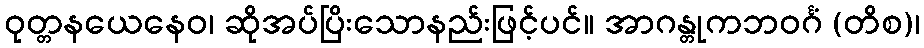
ဝုတ္တနယေနေဝ၊ ဆိုအပ်ပြိးသောနည်းဖြင့်ပင်။ အာဂန္တုကဘဝင်္ဂံ (တိစ)၊